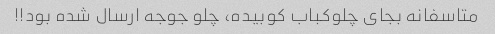
متاسفانه بجای چلوکباب کوبیده، چلو جوجه ارسال شده بود!!